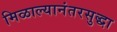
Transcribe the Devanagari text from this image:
मिळाल्यानंतरसुद्धा